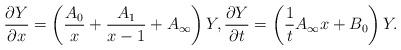
LaTeX: \begin{gather*}\frac{\partial Y}{\partial x} =\left(\frac{A_0}{x}+\frac{A_1}{x-1}+A_\infty\right)Y ,\frac{\partial Y}{\partial t} =\left(\frac{1}{t}A_\infty x+B_0\right)Y .\end{gather*}